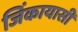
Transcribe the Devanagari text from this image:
जिंकायासी